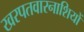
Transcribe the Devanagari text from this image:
खरपतवारनाशियों